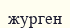
журген